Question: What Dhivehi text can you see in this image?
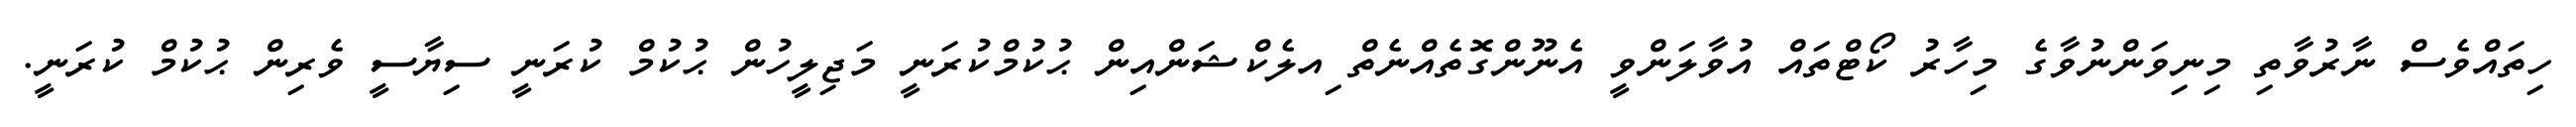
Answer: ހިތައްވެސް ނާރުވާތި މިނިވަންނުވާގެ މިހާރު ކޯޓްތައް އުވާލަންވީ އެނޫންގޮތެއްނެތް ިއލެކްޝަންއިން ޙުކުމްކުރަނީ މަޖިލީހުން ޙުކުމް ކުރަނީ ސިޔާސީ ވެރިން ޙުކުމް ކުރަނީ.